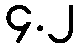
၄.၂